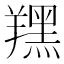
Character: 𦏉